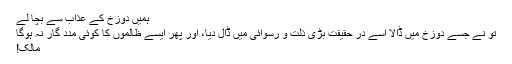
ہمیں دوزخ کے عذاب سے بچا لے
تو نے جسے دوزخ میں ڈالا اسے در حقیقت بڑی ذلت و رسوائی میں ڈال دیا، اور پھر ایسے ظالموں کا کوئی مدد گار نہ ہوگا
مالک!